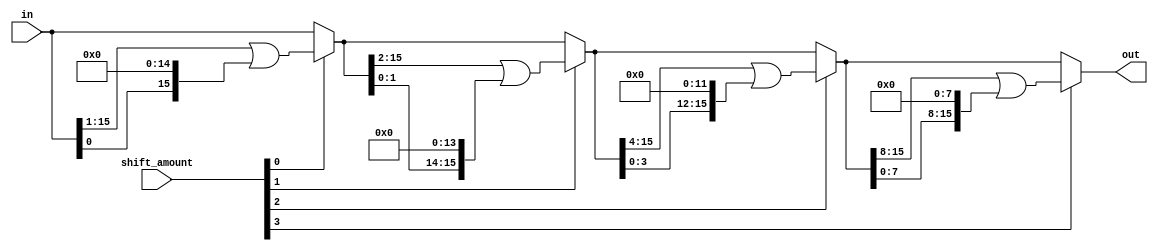
// This program was cloned from: https://github.com/VerticalResearchGroup/miaow
// License: BSD 3-Clause "New" or "Revised" License

module circular_shift (
   out,
   in,
   shift_amount
);

output[15:0] out;

input[15:0] in;
input[3:0] shift_amount;

wire[15:0] shift_1, shift_2, shift_4;

assign shift_1  = shift_amount[0] ? (in >> 1 | in << 15) : in;
assign shift_2  = shift_amount[1] ? (shift_1 >> 2 | shift_1 << 14) : shift_1;
assign shift_4  = shift_amount[2] ? (shift_2 >> 4 | shift_2 << 12) : shift_2;
assign out  = shift_amount[3] ? (shift_4 >> 8 | shift_4 << 8) : shift_4;

endmodule